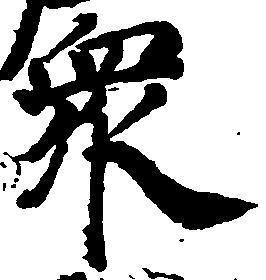
衆